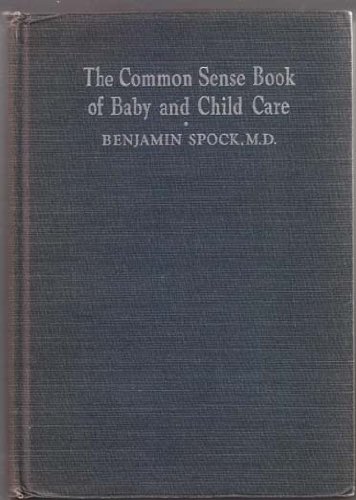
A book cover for The common sense book of baby and child care,; Benjamin Spock; Cookbooks, Food & Wine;